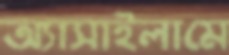
অ্যাসাইলামে